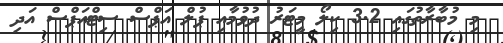
މި މުބާރާތުގައި 3.2 ކިލޯ މީޓަރު ދުވުމާއި ޕުލް އަޕްސް ސިޓްއަޕްސް އަދި